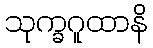
သုက္ခဂူထာနိ